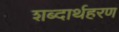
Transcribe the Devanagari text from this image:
शब्दार्थहरण